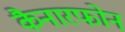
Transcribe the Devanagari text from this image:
कैनारफोन